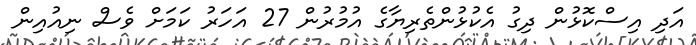
އަދި އިސްކޮޅުން ދިގު އެކުޅުންތެރިޔާގެ އުމުރުން 27 އަހަރު ކަަމަށް ވެސް ނިއުއިން